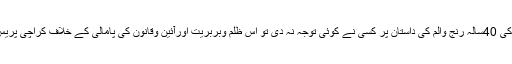
جب قائد تحریک جناب الطاف حسین کی 40سالہ رنج والم کی داستان پر کسی نے کوئی توجہ نہ دی تو اس ظلم وبربریت اورآئین وقانون کی پامالی کے خلاف کراچی پریس کلب پر بھوک ہڑتال کی گئی تھی ۔